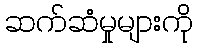
ဆက်ဆံမှုများကို